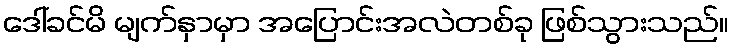
ဒေါ်ခင်မိ မျက်နှာမှာ အပြောင်းအလဲတစ်ခု ဖြစ်သွားသည်။